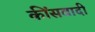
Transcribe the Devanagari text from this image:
कींसवादी